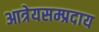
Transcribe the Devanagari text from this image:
आत्रेयसम्प्रदाय